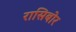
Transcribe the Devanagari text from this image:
रासिबोर